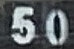
50